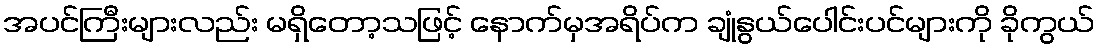
အပင်ကြီးများလည်း မရှိတော့သဖြင့် နောက်မှအရိပ်က ချုံနွယ်ပေါင်းပင်များကို ခိုကွယ်